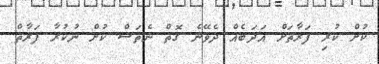
ކުށް ކުރި ފަރާތަށް އަދަބެއް ދެވޭނެ ގޮތް ނެތަސް ކުށް ނުކުރާ ފަރާތް